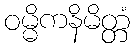
ဝမ္မိကနိမိတ္တံ